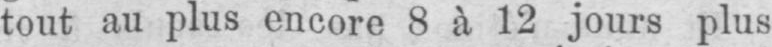
tout au plus encore 8 à 12 jours plus